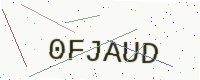
Text: 0FJAUD